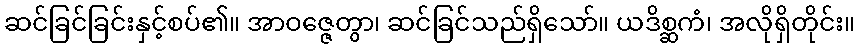
ဆင်ခြင်ခြင်းနှင့်စပ်၏။ အာဝဇ္ဇေတွာ၊ ဆင်ခြင်သည်ရှိသော်။ ယဒိစ္ဆကံ၊ အလိုရှိတိုင်း။